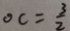
O C = \frac { 3 } { 2 }